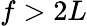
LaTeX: f>2L